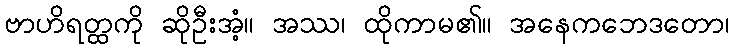
ဗာဟိရတ္ထကို ဆိုဦးအံ့။ အဿ၊ ထိုကာမ၏။ အနေကဘေဒတော၊